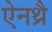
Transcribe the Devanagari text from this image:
ऐनथ्रै